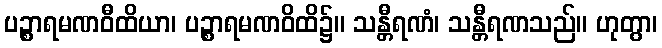
ပဉ္စာရမဏဝီထိယာ၊ ပဉ္စာရမဏဝိထိ၌။ သန္တီရဏံ၊ သန္တီရဏသည်။ ဟုတွာ၊